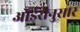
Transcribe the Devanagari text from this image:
ऑर्डरीनुसार